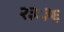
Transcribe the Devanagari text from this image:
२३ः३६